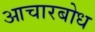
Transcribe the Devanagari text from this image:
आचारबोध